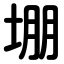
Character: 堋